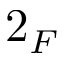
2 _ { F }